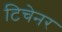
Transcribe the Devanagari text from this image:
टिचेनर